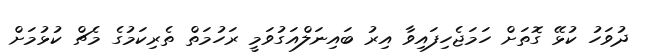
ދުވަހު ކުޅޭ ގޮތަށް ހަމަޖެހިފައިވާ އިރު ބައިނަލްއަގުވަމީ ރަހުމަތް ތެރިކަމުގެ މެޗް ކުޅުމަށް